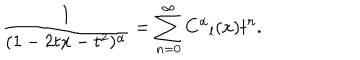
\frac { 1 } { ( 1 - 2 t x - t ^ { 2 } ) ^ { \alpha } } = \sum _ { n = 0 } ^ { \infty } C ^ { \alpha } { } _ { l } ( x ) t ^ { n } .